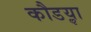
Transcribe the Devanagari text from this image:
कौडॢया